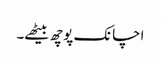
اچانک پوچھ بیٹھے۔